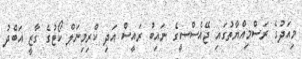
މިއަދުގެ ރަސްމިއްޔާތުގައި ޖޭއެސްސީގެ ނައިބު ރައީސް އަދި ކްރިމިނަލް ކޯޓުގެ ގާޒީ އަބްދު